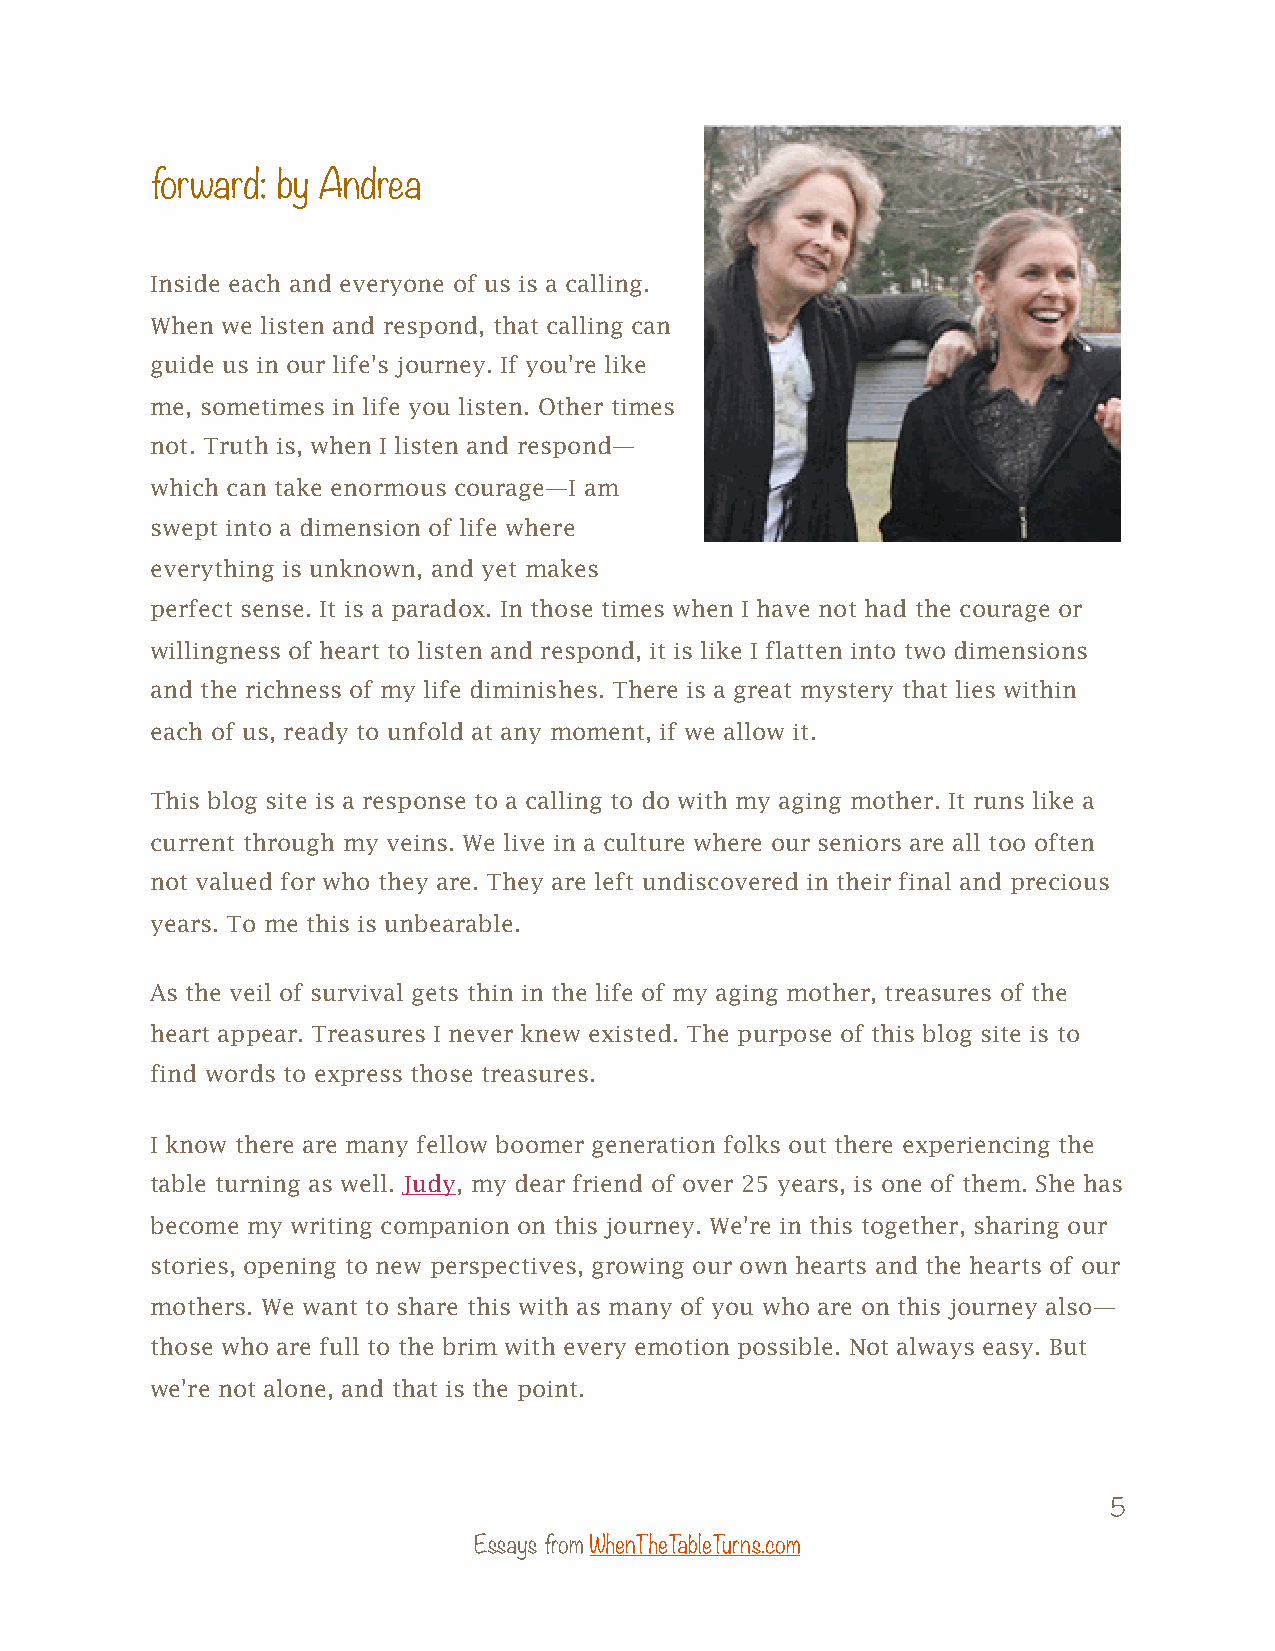
forward: by Andrea
 Inside each and everyone of us is a calling.
 When we listen and respond, that calling can
 guide us in our life's journey. If you're like
 me, sometimes in life you listen. Other times
 not. Truth is, when I listen and respond—
 which can take enormous courage—I am
 swept into a dimension of life where
 everything is unknown, and yet makes
 perfect sense. It is a paradox. In those times when I have not had the courage or
 willingness of heart to listen and respond, it is like I flatten into two dimensions
 and the richness of my life diminishes. There is a great mystery that lies within
 each of us, ready to unfold at any moment, if we allow it.
 This blog site is a response to a calling to do with my aging mother. It runs like a
 current through my veins. We live in a culture where our seniors are all too often
 not valued for who they are. They are left undiscovered in their final and precious
 years. To me this is unbearable.
 As the veil of survival gets thin in the life of my aging mother, treasures of the
 heart appear. Treasures I never knew existed. The purpose of this blog site is to
 find words to express those treasures.
 I know there are many fellow boomer generation folks out there experiencing the
 table turning as well. Judy, my dear friend of over 25 years, is one of them. She has
 become my writing companion on this journey. We're in this together, sharing our
 stories, opening to new perspectives, growing our own hearts and the hearts of our
 mothers. We want to share this with as many of you who are on this journey also—
 those who are full to the brim with every emotion possible. Not always easy. But
 we're not alone, and that is the point.
 5
 Essays from WhenTheTableTurns.com